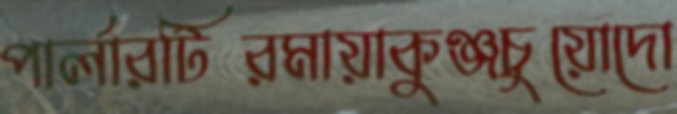
পার্লারটিরমায়াকুঞ্জচুয়োদো